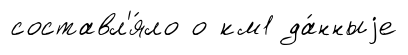
составл'я́ло о км1 да́нныjе